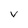
Character: V